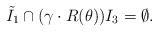
LaTeX: \begin{align*} \tilde I_1\cap(\gamma \cdot R(\theta)) I_3=\emptyset.\end{align*}